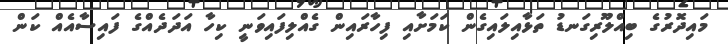
މައިދޮރުގެ ބިއްލޫރިގަނޑު ތަޅާއިލައިގެން ކަމަށާއި ފިހާރައިން ގެއްލިފައިވަނީ ކިހާ އަދަދެއްގެ ފައިސާއެއް ކަން